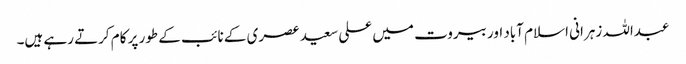
عبداللہ زہرانی اسلام آباد اور بیروت میں علی سعید عصری کے نائب کے طور پر کام کرتے رہے ہیں۔